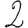
Digit: 2